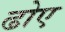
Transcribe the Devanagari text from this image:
ढोए